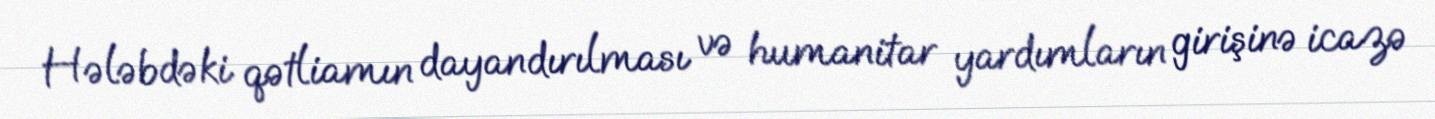
Hələbdəki qətliamın dayandırılması və humanitar yardımların girişinə icazə